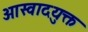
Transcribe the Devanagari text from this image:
आस्वादयुक्त